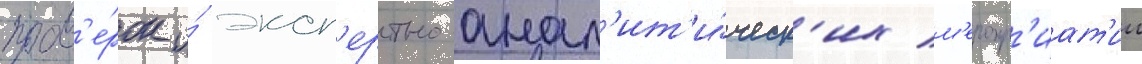
пров'е́рок и́ эксп'ертно-анал'ит'и́ческ'их м'еропр'иат'ии